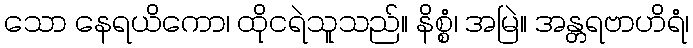
သော နေရယိကော၊ ထိုငရဲသူသည်။ နိစ္စံ၊ အမြဲ။ အန္တရဗာဟိရံ၊